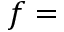
f =